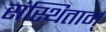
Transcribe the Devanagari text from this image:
संस्थिताम्‌